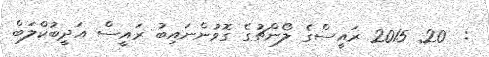
:  20